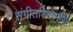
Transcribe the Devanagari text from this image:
संगीतशिरोमणि